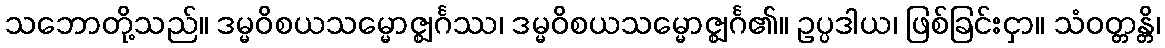
သဘောတို့သည်။ ဒမ္မဝိစယသမ္မောဇ္ဈင်္ဂဿ၊ ဒမ္မဝိစယသမ္မောဇ္ဈင်္ဂ၏။ ဥပ္ပဒါယ၊ ဖြစ်ခြင်းငှာ။ သံဝတ္တန္တိ၊